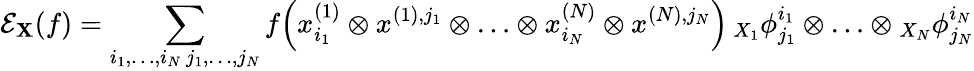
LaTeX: \mathcal{E}_{\mathbf{X}}(f)=\sum_{\substack{i_{1},\ldots,i_{N}\, j_{1},\ldots,j_{N}}}f\! \left(x_{i_{1}}^{(1)}\otimes x^{(1),j_{1}}\otimes\ldots\otimes x_{i_{N}}^{(N)}\otimes x^{(N),j_{N}}\right)\, {_{X_{1}}\phi_{j_{1}}^{i_{1}}}\otimes\ldots\otimes{_{X_{N}}\phi_{j_{N}}^{i_{N}}}